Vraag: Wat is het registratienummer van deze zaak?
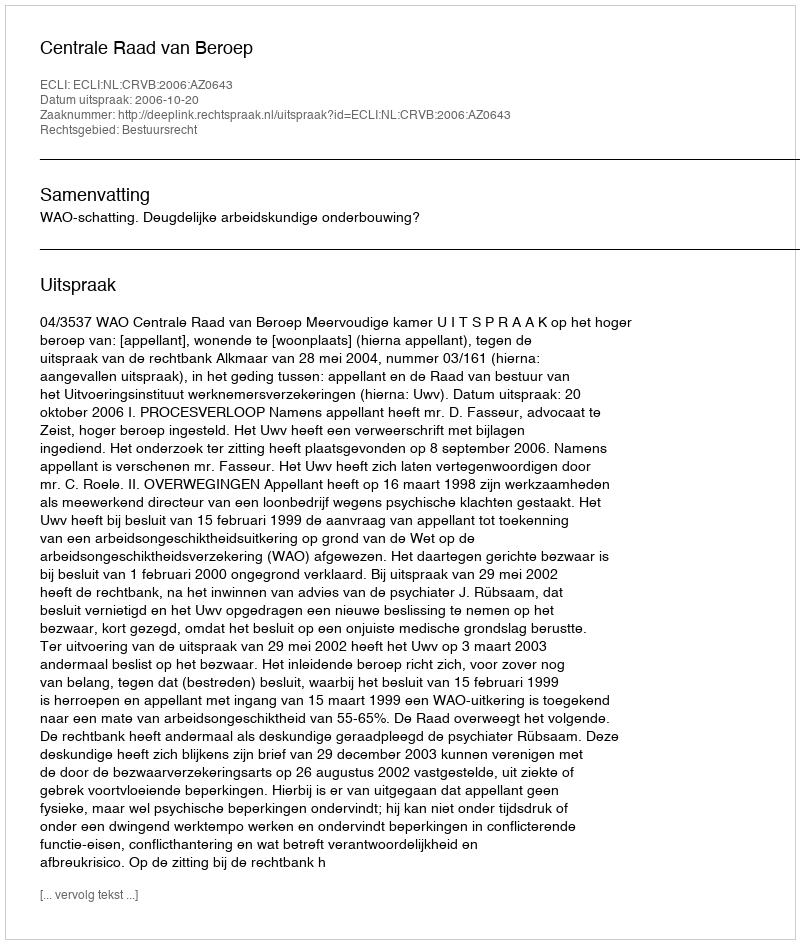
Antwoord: http://deeplink.rechtspraak.nl/uitspraak?id=ECLI:NL:CRVB:2006:AZ0643